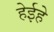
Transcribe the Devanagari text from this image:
हेईहे